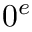
0 ^ { e }